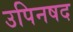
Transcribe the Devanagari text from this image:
उपिनषद